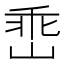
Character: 𡹁